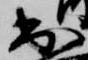
出